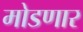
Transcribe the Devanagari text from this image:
मोडणार